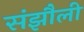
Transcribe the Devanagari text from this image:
संझौली